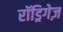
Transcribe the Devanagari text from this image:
रॉड्रिगेज़